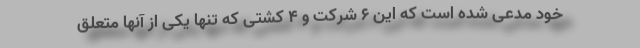
خود مدعی شده است که این 6 شرکت و 4 کشتی که تنها یکی از آنها متعلق